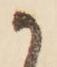
か